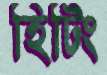
হিটিং